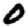
Digit: 0